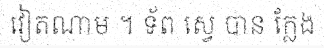
វៀតណាម ។ ទ័ព ស្វេ បាន ក្លែង